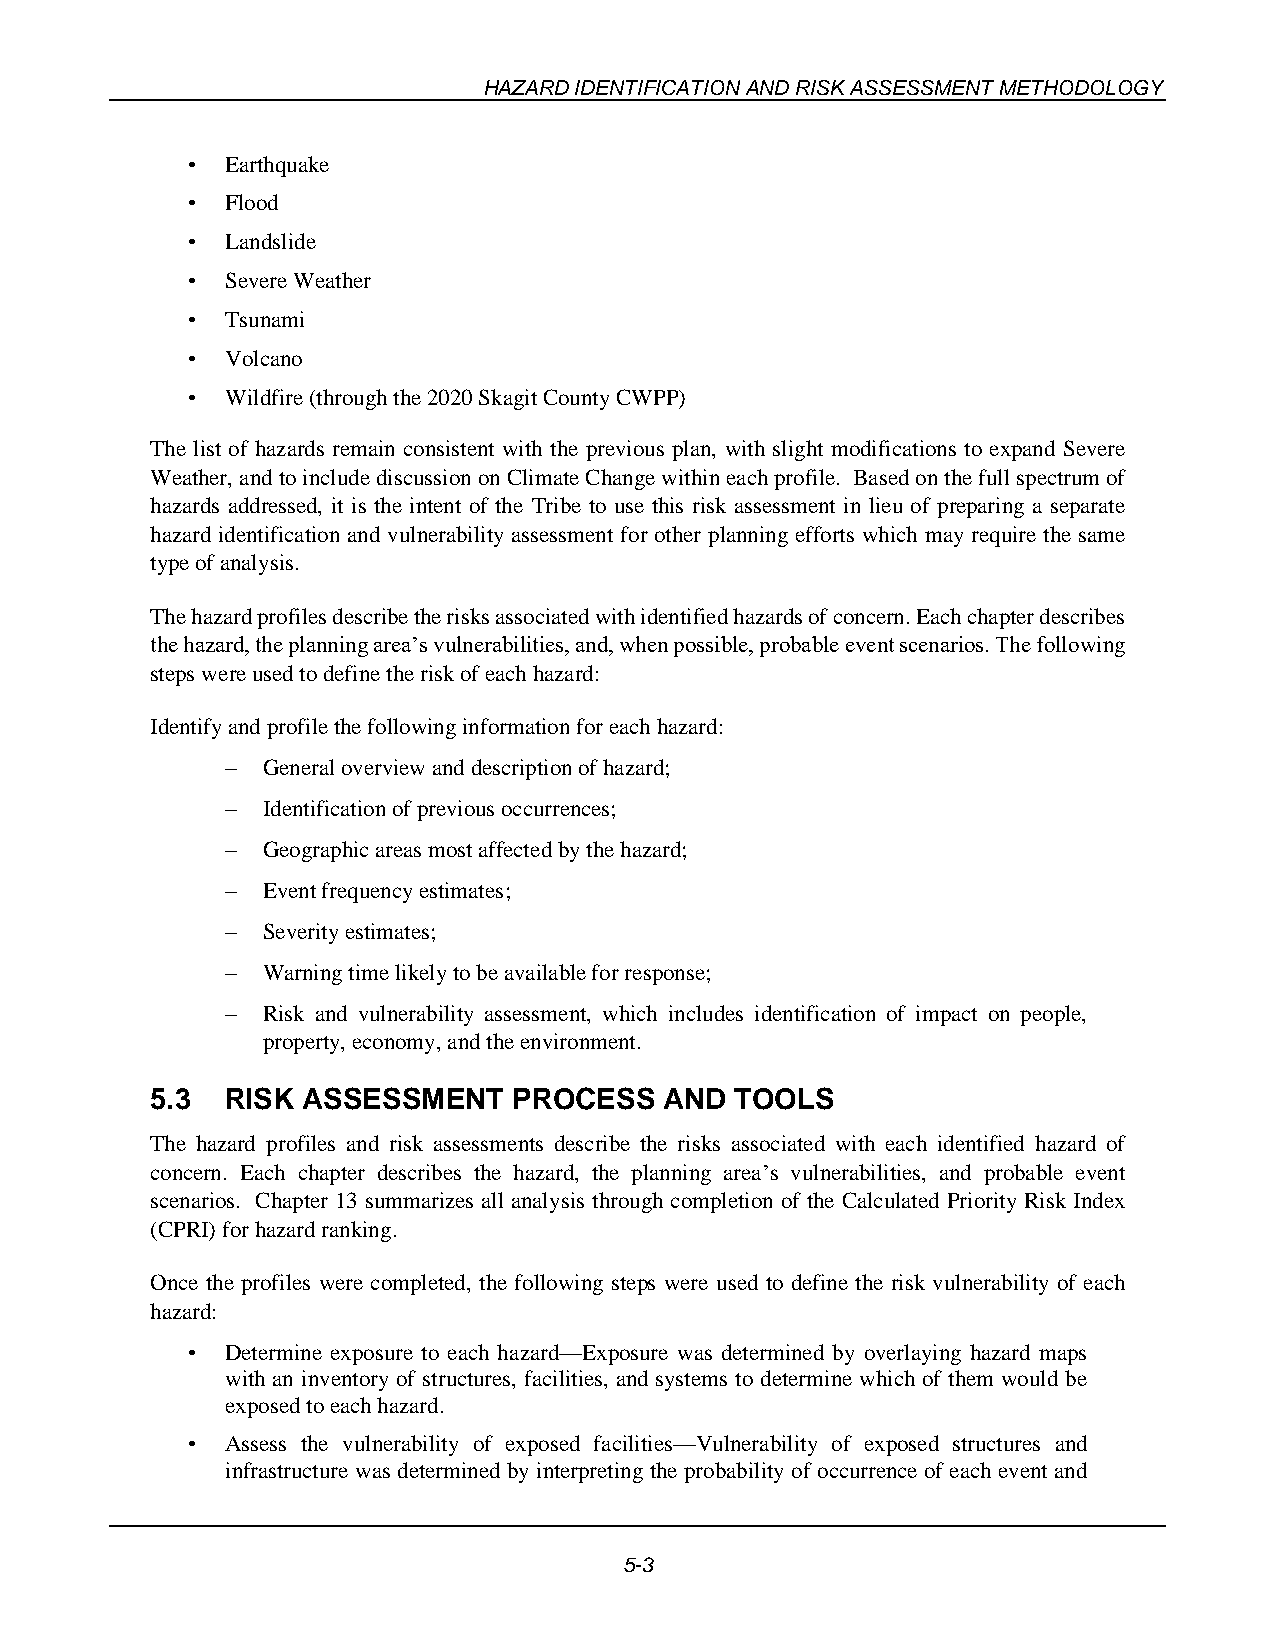
HAZARD IDENTIFICATION AND RISK ASSESSMENT METHODOLOGY
 •  Earthquake
 •  Flood
 •  Landslide
 •  Severe Weather
 •  Tsunami
 •  Volcano
 •  Wildfire (through the 2020 Skagit County CWPP)
 The list of hazards remain consistent with the previous plan, with slight modifications to expand Severe
 Weather, and to include discussion on Climate Change within each profile. Based on the full spectrum of
 hazards addressed, it is the intent of the Tribe to use this risk assessment in lieu of preparing a separate
 hazard identification and vulnerability assessment for other planning efforts which may require the same
 type of analysis.
 The hazard profiles describe the risks associated with identified hazards of concern. Each chapter describes
 the hazard, the planning area’s vulnerabilities, and, when possible, probable event scenarios. The following
 steps were used to define the risk of each hazard:
 Identify and profile the following information for each hazard:
 – General overview and description of hazard;
 – Identification of previous occurrences;
 – Geographic areas most affected by the hazard;
 – Event frequency estimates;
 – Severity estimates;
 – Warning time likely to be available for response;
 – Risk and vulnerability assessment, which includes identification of impact on people,
 property, economy, and the environment.
 5.3  RISK ASSESSMENT    PROCESS   AND  TOOLS
 The hazard profiles and risk assessments describe the risks associated with each identified hazard of
 concern. Each chapter describes the hazard, the planning area’s vulnerabilities, and probable event
 scenarios. Chapter 13 summarizes all analysis through completion of the Calculated Priority Risk Index
 (CPRI) for hazard ranking.
 Once the profiles were completed, the following steps were used to define the risk vulnerability of each
 hazard:
 •  Determine exposure to each hazard—Exposure was determined by overlaying hazard maps
 with an inventory of structures, facilities, and systems to determine which of them would be
 exposed to each hazard.
 •  Assess the vulnerability of exposed facilities—Vulnerability of exposed structures and
 infrastructure was determined by interpreting the probability of occurrence of each event and
 5-3